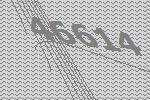
46614